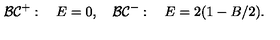
{ \cal B C } ^ { + } : \quad E = 0 , \quad { \cal B C } ^ { - } : \quad E = 2 ( 1 - B / 2 ) .